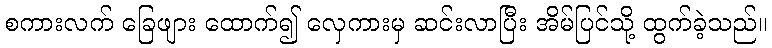
စကားလက် ခြေဖျား ထောက်၍ လှေကားမှ ဆင်းလာပြီး အိမ်ပြင်သို့ ထွက်ခဲ့သည်။